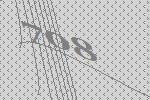
708